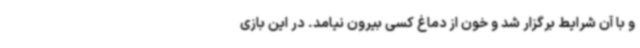
و با آن شرایط برگزار شد و خون از دماغ کسی بیرون نیامد. در این بازی